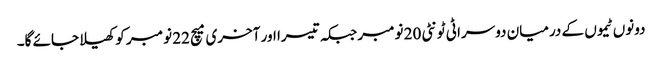
دونوں ٹیموں کے درمیان دوسرا ٹی ٹونٹی 20 نومبر جبکہ تیسرا اور آخری میچ 22 نومبر کو کھیلا جائے گا۔